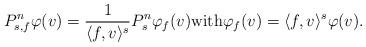
LaTeX: \begin{align*}P_{s,f}^n \varphi(v) = \frac{1}{\langle f, v \rangle^s} P_s^n \varphi_f(v) \mbox{with} \varphi_f(v) = \langle f, v \rangle^s \varphi(v). \end{align*}